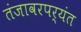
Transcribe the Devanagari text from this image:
तंजावरपर्यंत